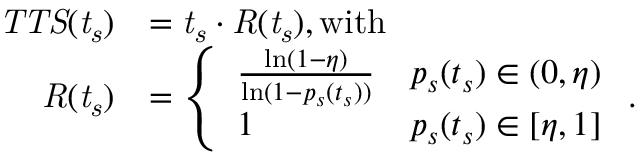
\begin{array} { r l } { \mathit { T T S ( t _ { s } ) } } & { = \mathit { t _ { s } } \cdot \mathit { R ( t _ { s } ) } , \mathrm { w i t h } } \\ { \mathit { R ( t _ { s } ) } } & { = \left\{ \begin{array} { l l } { \frac { \ln ( 1 - \eta ) } { \ln ( 1 - p _ { s } ( t _ { s } ) ) } } & { p _ { s } ( t _ { s } ) \in ( 0 , \eta ) } \\ { 1 } & { p _ { s } ( t _ { s } ) \in [ \eta , 1 ] } \end{array} \right. . } \end{array}